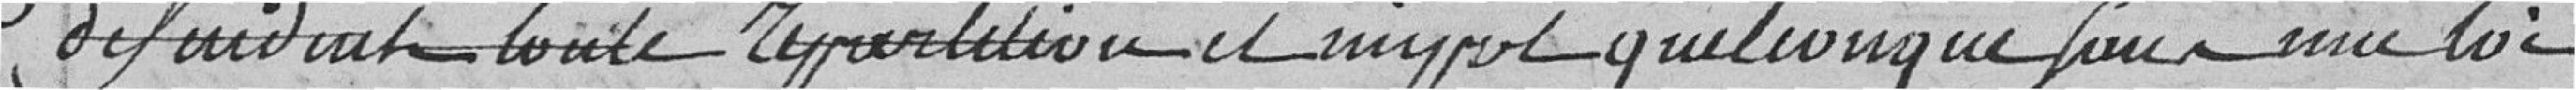
défendait toute répartition et impôt quelconque sauf une loi